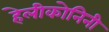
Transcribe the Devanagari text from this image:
हेलीकोनिनी